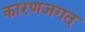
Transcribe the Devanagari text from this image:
कारणजगत्